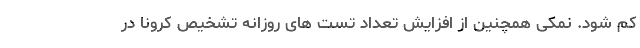
کم شود. نمکی همچنین از افزایش تعداد تست های روزانه تشخیص کرونا در